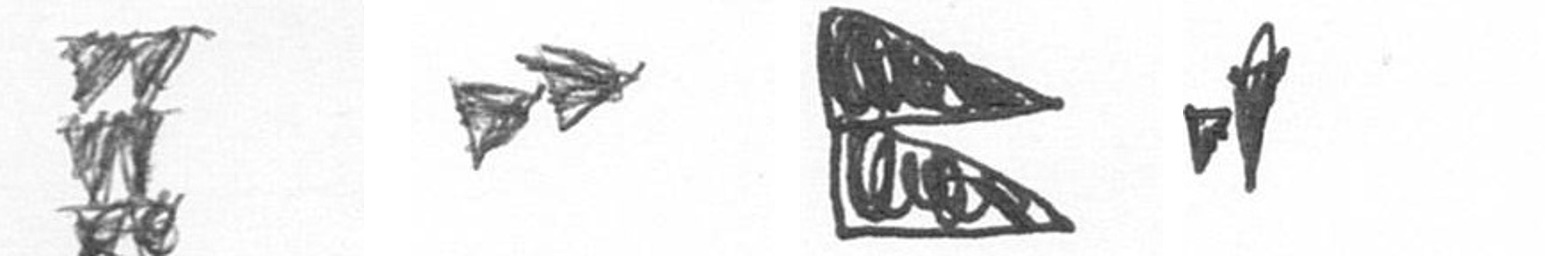
Y A P M